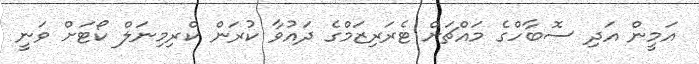
އަމީން އަދި ސޮބާހްގެ މައްޗަށް ޓެރަރިޒަމްގެ ދައުވާ ކުރަން ކްރިމިނަލް ކޯޓަށް ވަނީ